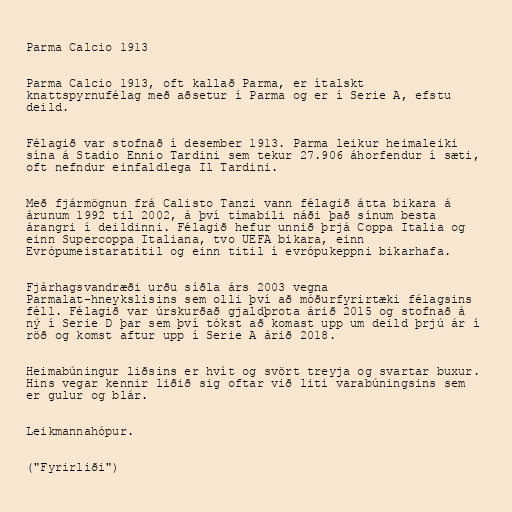
Parma Calcio 1913

Parma Calcio 1913, oft kallað Parma, er ítalskt
knattspyrnufélag með aðsetur í Parma og er í Serie A, efstu
deild.

Félagið var stofnað í desember 1913. Parma leikur heimaleiki
sína á Stadio Ennio Tardini sem tekur 27.906 áhorfendur í sæti,
oft nefndur einfaldlega Il Tardini.

Með fjármögnun frá Calisto Tanzi vann félagið átta bikara á
árunum 1992 til 2002, á því tímabili náði það sínum besta
árangri í deildinni. Félagið hefur unnið þrjá Coppa Italia og
einn Supercoppa Italiana, tvo UEFA bikara, einn
Evrópumeistaratitil og einn titil í evrópukeppni bikarhafa.

Fjárhagsvandræði urðu síðla árs 2003 vegna
Parmalat-hneykslisins sem olli því að móðurfyrirtæki félagsins
féll. Félagið var úrskurðað gjaldþrota árið 2015 og stofnað á
ný í Serie D þar sem því tókst að komast upp um deild þrjú ár í
röð og komst aftur upp í Serie A árið 2018.

Heimabúningur liðsins er hvít og svört treyja og svartar buxur.
Hins vegar kennir liðið sig oftar við liti varabúningsins sem
er gulur og blár.

Leikmannahópur.

("Fyrirliði")